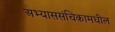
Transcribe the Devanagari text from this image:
अभ्याससंचिकामधील